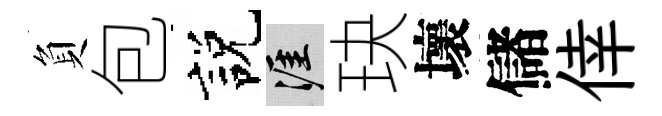
負包説涯玦壞儲倖